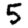
Digit: 5